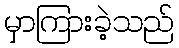
မှာကြားခဲ့သည်